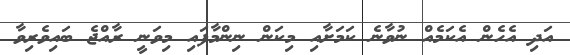
އަދި އެހެން އެކަމެއް ނުވާނެ ކަމަށާއި މިކަން ނިންމާފައި މިވަނީ ރާއްޖެ ބައިވެރިވާ